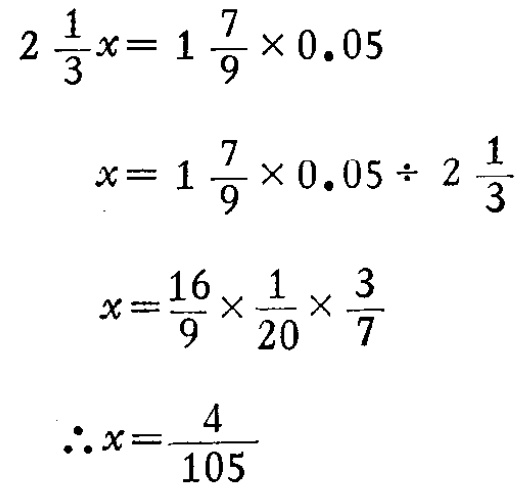
\[

\begin{align*}

2\frac{1}{3}x&=1\frac{7}{9}\times0.05\\

x&=1\frac{7}{9}\times0.05\div2\frac{1}{3}\\

x&=\frac{16}{9}\times\frac{1}{20}\times\frac{3}{7}\\

\therefore x&=\frac{4}{105}

\end{align*}

\]